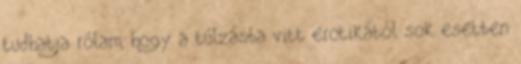
tudhatja rólam, hogy a túlzásba vitt erotikától sok esetben